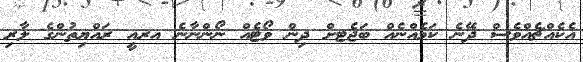
އެކެއްޗެއްވެސް ދޭނެ ކަމެއްނެއް ބަޖެޓށް ދިން ވޯޓެއް ނޯންނާނެ އރއީ ރައްޔިތުންގެ ލާރި